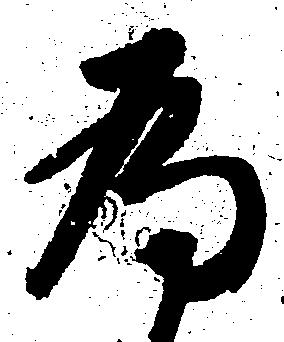
為